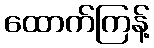
ထောက်ကြန့်